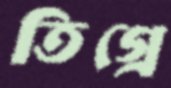
তিগ্রে